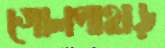
গোলপাহাড়